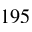
1 9 5